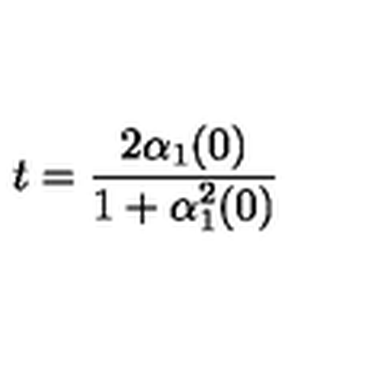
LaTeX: t = \frac { 2 \alpha _ { 1 } ( 0 ) } { 1 + \alpha _ { 1 } ^ { 2 } ( 0 ) }